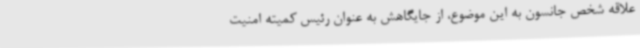
علاقه شخص جانسون به این موضوع، از جایگاهش به عنوان رئیس کمیته امنیت